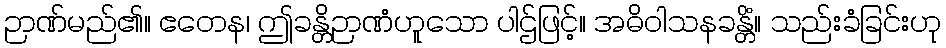
ဉာဏ်မည်၏။ ဧတေန၊ ဤခန္တိဉာဏံဟူသော ပါဌ်ဖြင့်။ အဓိဝါသနခန္တိံ။ သည်းခံခြင်းဟု